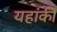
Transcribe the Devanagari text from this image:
यहांकी